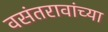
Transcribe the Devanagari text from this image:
वसंतरावांच्‍या